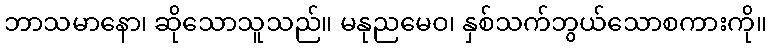
ဘာသမာနော၊ ဆိုသောသူသည်။ မနုညမေဝ၊ နှစ်သက်ဘွယ်သောစကားကို။